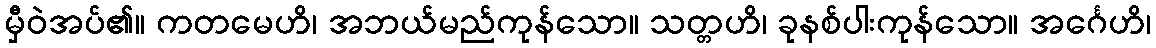
မှီဝဲအပ်၏။ ကတမေဟိ၊ အဘယ်မည်ကုန်သော။ သတ္တဟိ၊ ခုနစ်ပါးကုန်သော။ အင်္ဂေဟိ၊